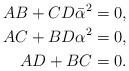
LaTeX: \begin{align*}AB+CD\bar{\alpha}^2 &= 0, \\AC+BD\alpha^2 &= 0,\\AD+BC &= 0.\end{align*}